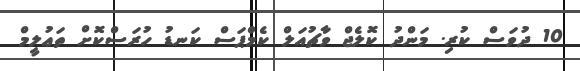
10 ދުވަސް ކުރި. މަންދު ކޮލެޖް ވާޗުއަލް ކެމްޕަސް ކަނޑު ހުރަސްކޮށް ތަޢުލީމް